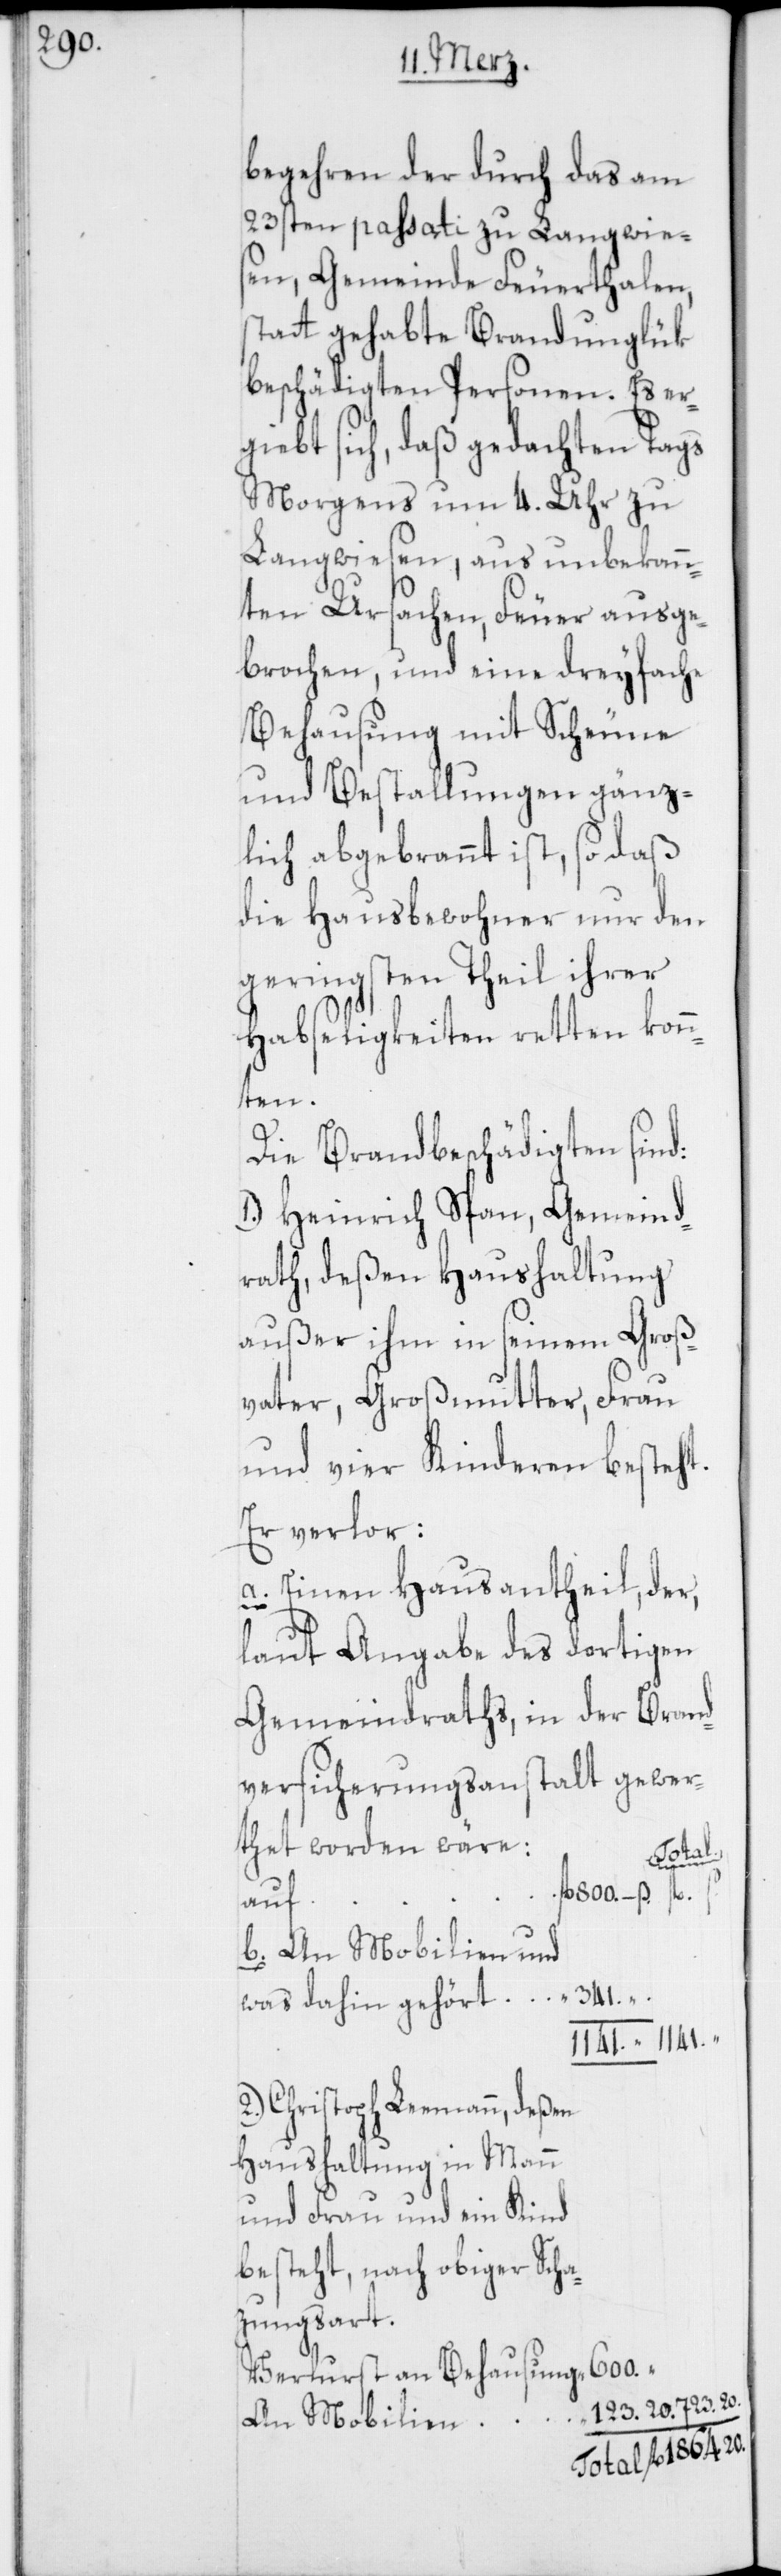
begehren der durch das am
23sten passati zu Langwie¬
sen, Gemeinde Feuerthalen,
statt gehabte Brandunglük
beschädigten Personen. Es er¬
giebt sich, daß gedachten Tags
morgens um 4. Uhr zu
Langwiesen, aus unbekann¬
ten Ursachen Feuer ausge¬
brochen, und eine dreyfache
Behausung mit Scheune
und Bestallungen gänz¬
lich abgebrannt ist, so daß
die Hausbewohner nur den
geringsten Theil ihrer
Habseligkeiten retten kon¬
nten.
Die Brandbeschädigten sind:
1.) Heinrich Span, Gemeind¬
rath, deßen Haushaltung,
außer ihm in seinem Groß¬
vater, Großmutter, Frau
und vier Kinderen besteht.
Er verlor:
a. Einen Hausantheil, der,
laut Angabe des dortigen
Gemeindraths, in der Brand¬
versicherungs-Anstalt gewer¬
thet worden wäre
Total.
fl. s.
b. An Mobilien und
341. –.
was dahin gehört “
1141. “ 1141.
2) Christoph Leemann, deßen
Haushaltung in Mann
und Frau und ein
besteht, nach obiger Scha¬
tzungsart.
600. “
Verlust an Behausung
123. 20. 723. 20.
An Mobilien
Total fl. 1864. 20.